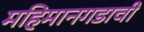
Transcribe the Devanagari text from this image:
महिमानगडाची